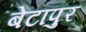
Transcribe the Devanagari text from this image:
बेटापुर